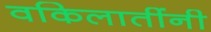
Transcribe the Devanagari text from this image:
वकिलातींनी